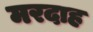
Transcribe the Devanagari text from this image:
मरदाह